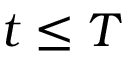
t \leq T